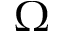
\Omega